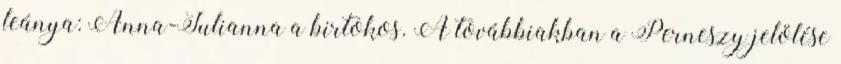
leánya: Anna-Julianna a birtokos. A továbbiakban a Perneszy jelölése